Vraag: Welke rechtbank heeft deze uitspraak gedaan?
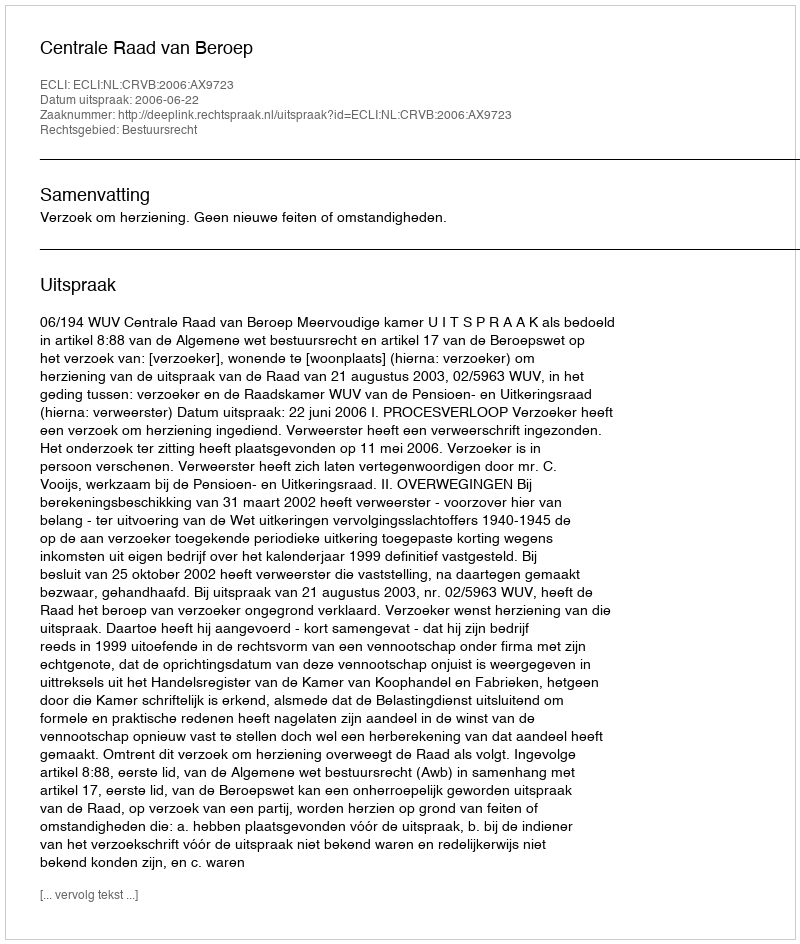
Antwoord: Centrale Raad van Beroep